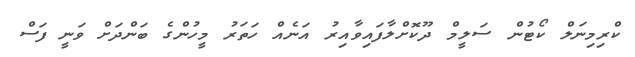
ކްރިމިނަލް ކޯޓުން ސަލީމް ދޫކޮށްލާފައިވާއިރު އަނެއް ހަތަރު މީހުންގެ ބަންދަށް ވަނީ ފަސް